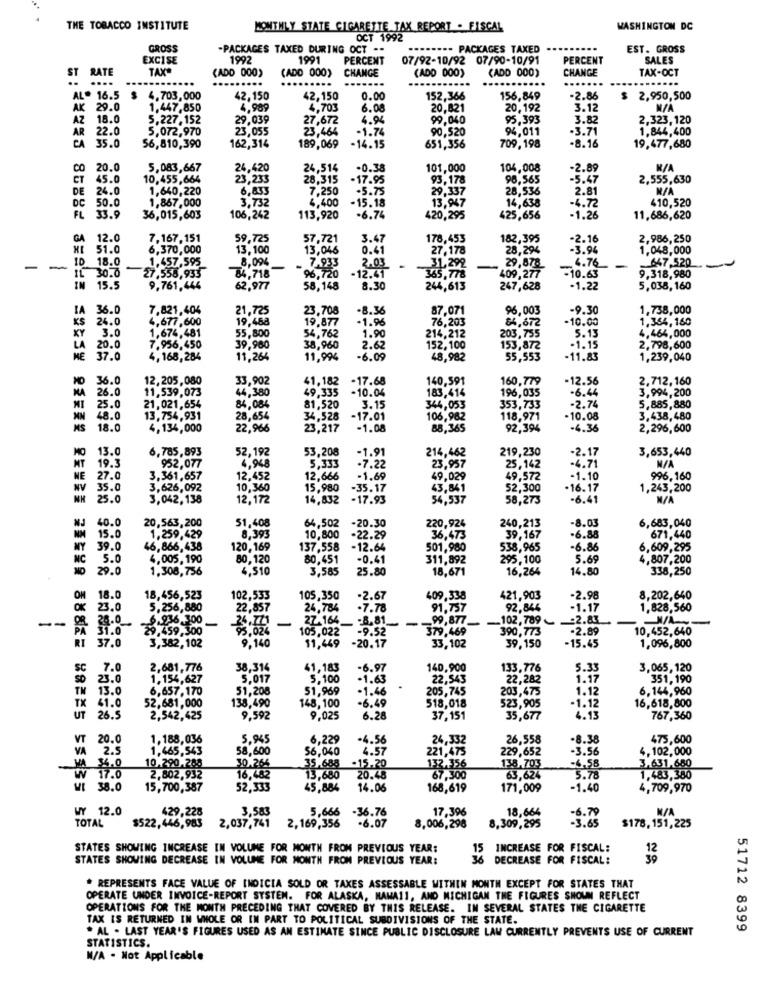
THE TOBACCO INSTITUTE
MONTHLY STATE CIGARETTE TAX REPORT . FISCAL
WASHINGTON DC
OCT 1992
GROSS
-PACKAGES TAXED DURING OCT --
.----- PACKAGES TAXED
EST. GROSS
EXCISE
1992
1991
PERCENT
07/92-10/92 07/90-10/91
PERCENT
SALES
ST RATE
TAX
(ADD 000)
(ADD 000)
(ADO 000)
(ADD 000)
CHANGE
TAX-OCT
....
...
..
....
CHANGE
....
...
.......
AL. 16.5
$ 4.703,000
42,150
42,150
0.00
152,366
156,849
-2.86
$ 2,950,500
AK 29.0
1.447,850
4,989
4,703
6.08
20,821
20,192
3.12
AZ 18.0
5,227,152
29,039
27,672
4.94
99,040
95,393
3.82
2,323,120
AR 22.0
5,072,970
23,055
23,464
-1.74
90,520
94,011
.3.71
1.844,400
CA 35.0
56,810,390
162,314
189,069
-14.15
651,356
709,198
-8.16
19,477,680
CO
20.0
5,083,667
24,420
24,514
-0.38
101,000
104,008
-2.89
CT
45.0
10.455,664
23,253
28,315
.17.95
93,178
98.565
-5.47
2,555,630
DE
24.0
1,640,220
7,250
-5.75
29,337
28,536
2.81
M/A
DC
50.0
1,867,000
6,833
3,732
4,400
-15.18
13,947
14,638
-4.72
410,520
FL 33.9
36,015,603
106,242
113,920
-6.74
420,295
425,656
-1.26
11,686,620
GA 12.0
7,167,151
59,725
57,721
3.4
178,453
182,395
-2.16
2,986,250
HI 51.0
6,370,000
13,100
13,046
0.41
27,178
28,294
-3.96
1.048,000
ID 18.0
1,457,595
8,094
7.933
4.76
647.520
-
-
27.558.933
-12.41
2.03
31,292
409,277
29,878
-
IL 30.0
84,718
96,720
365,778
-10.63
9.318,980
15.5
9,761,444
62.977
58,148
8.30
244,613
247,628
-1.22
5,038,160
IA
36.0
7.821,404
21,725
23,708
-8.36
87,071
96,003
-9.30
1,738,000
KS
24.0
4,677,600
19,488
-1.96
76,203
84,672
-10.00
1,364, 160
3.0
1,674,481
19.877
1.90
5.13
4,464,000
KY
7.956,450
55,800
54,762
214,212
203,755
LA 20.0
39,960
38,960
2.62
152,100
153,872
-1.15
2,798,600
ME 37.0
4,168,284
11.264
11,994
-6.09
48,982
55,553
-11.83
1,239,040
36.0
12,205,080
33,902
41,182
.17.68
140,591
160,779
-12.56
2,712,160
MA 26.0
11,539,073
44,380
49,335
-10.04
183,414
196,035
-6.44
3,994,200
21,021,654
MI
25.0
84,084
81,520
3.15
344,053
353,733
-2.74
5,885,880
MM 48.0
13,754,931
28,654
34,528
-17.01
106,982
118,971
-10.08
3,438,480
MS 18.0
4,134,000
22,966
23,217
-1.08
88,365
92,394
-4.36
2,296,600
MO 13.0
6,785,893
52,192
53,208
-1.91
214,462
219,230
3,653,440
952,077
-2.17
MT 19.3
4,948
5,333
-7.22
23,957
25,142
-4.71
NE 27.0
3.361,657
12,452
12,666
-1.69
49,029
49,572
-1.10
996,160
NV 35.0
3,626,092
10,360
15,980
-35.17
43,841
52,300
·16.17
1,243,200
NH 25.0
3,042,138
12,172
14,832
-17.93
54,537
58,273
-6.41
40.0
20,563,200
51,408
64,502
-20.30
220,924
240,213
-8.03
6,683,040
NM 15.0
1,259,429
8,393
10,800
.22.29
36,473
39,167
-6.88
671,440
MY
39.0
46,866, 438
120,169
137,558
-12.64
501,980
538,965
-6.86
6,609,295
NC
5.0
4,005, 190
80,120
80,451
-0.41
311,892
295,100
5.69
,807,200
NO
29.0
1.308,756
4,510
3,585
25.80
18,671
16,264
14.80
338,250
18.0
18,456,523
102,533
105,350
-2.6
409,338
421,903
-2.98
8,202,640
23.0
5.256,880
22,857
24,784
.7.78
91,757
92,844
-1.17
1,828,560
--
6.956.300
-
24.771
-
_102,789
:2.83
PA 31.0
29.459,300
95.024
105.022
27.164_ - 8.01
-9.52
379,469
99.877-
390,773
-2.89
10,452,640
RI 37.0
3,382,102
9.140
11,449
-20.17
33,102
39,150
15.45
1,096,800
SC
7.0
2,681,776
38,314
41,183
-6.97
140,900
133,776
5.33
3,065,120
SO
23.0
1,154,627
5.017
5,100
-1.63
22,543
22,282
351, 190
TM 13.0
6,657,170
51,208
51,969
-1.46
.
205,745
203,475
1.12
6,144,960
TX 41.0
138,490
-6.49
518,018
16,618,800
52,681,000
148,100
523,905
-1.12
UT 26.5
2,542,425
9,592
9,025
6.28
37,151
35,677
4.13
767,360
VT 20.0
1,188,036
5.945
6.229
-4.56
24,332
26,558
-8.38
475,600
VA 2.5
1,465,543
58,600
56,040
4.57
221,475
229,652
-3.56
4,102,000
10.290.288
2,802,932
30.264
35.688
.15.20
132,356
-6.58
3.631,680
16,482
13.600
20.48
67,300
63,624
5.78
1,483,380
WI 38.0
15,700,387
52,333
45,884
14.06
168,619
171,009
-1.40
4,709,970
WY 12.0
3,583
5,666
-36.76
18,664
TOTAL
429,228
-6.07
17,396
$522,446,983
2,037,741
2,169,356
8,006,298
8,309,295
$178,151,225
STATES SHOWING INCREASE IN VOLUME FOR MONTH FROM PREVIOUS YEAR:
15
INCREASE FOR FISCAL:
STATES SHOWING DECREASE IN VOLUME FOR MONTH FROM PREVIOUS YEAR:
36 DECREASE FOR FISCAL:
. REPRESENTS FACE VALUE OF INDICIA SOLD OR TAXES ASSESSABLE WITHIN MONTH EXCEPT FOR STATES THAT
OPERATE UNDER INVOICE-REPORT SYSTEM. FOR ALASKA, MAMA11, AND MICHIGAN THE FIGURES SHOWN REFLECT
OPERATIONS FOR THE MONTH PRECEDING THAT COVERED BY THIS RELEASE. IN SEVERAL STATES THE CIGARETTE
TAX IS RETURNED IN WHOLE OR IN PART TO POLITICAL SUBDIVISIONS OF THE STATE.
. AL - LAST YEAR'S FIGURES USED AS AN ESTIMATE SINCE PUBLIC DISCLOSURE LAW CURRENTLY PREVENTS USE OF CURRENT
51712 8399
STATISTICS.
M/A . Not Applicable